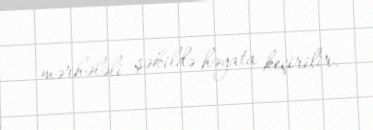
mərhələli şəkildə həyata keçirilir.